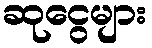
ဆုငွေများ